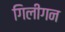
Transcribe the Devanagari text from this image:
गिलीगन